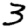
Digit: 3